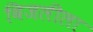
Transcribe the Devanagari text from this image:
विजलीला